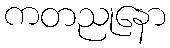
ကတညုနော